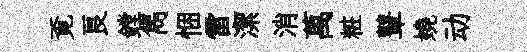
覔良鏜雋悃雷潔消萬粧鼙嬈动